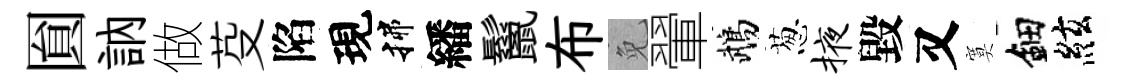
圎訥做芟陷現揲繙鬣布免翬鵡葱掖毀又寞鈿絃